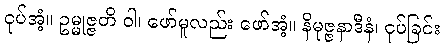
ငုပ်အံ့။ ဥမ္မုဇ္ဇတိ ဝါ၊ ဖော်မူလည်း ဖော်အံ့။ နိမုဇ္ဇနာဒီနံ၊ ငုပ်ခြင်း